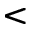
<